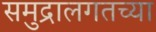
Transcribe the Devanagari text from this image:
समुद्रालगतच्या